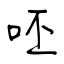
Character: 呸